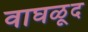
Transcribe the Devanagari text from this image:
वाघळूद